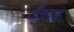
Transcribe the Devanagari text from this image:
वैकुण्ड